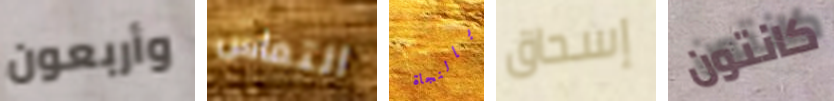
وأربعون التماس بالنجاة إسحاق كانتون